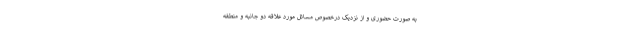
به صورت حضوری و از نزدیک درخصوص مسائل مورد علاقه دو جانبه و منطقه